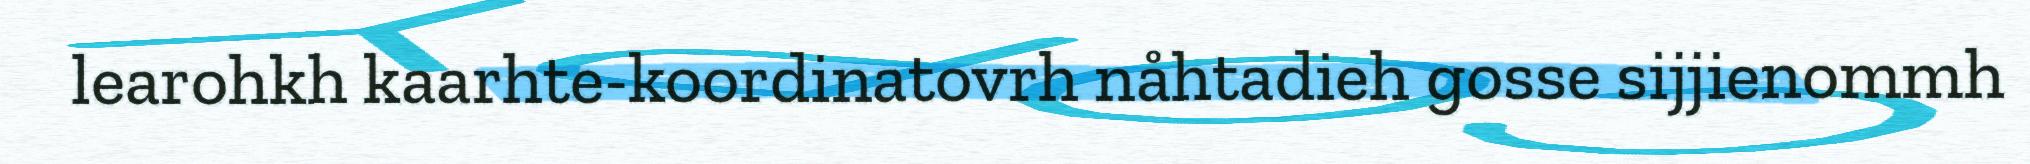
learohkh kaarhte-koordinatovrh nåhtadieh gosse sijjienommh